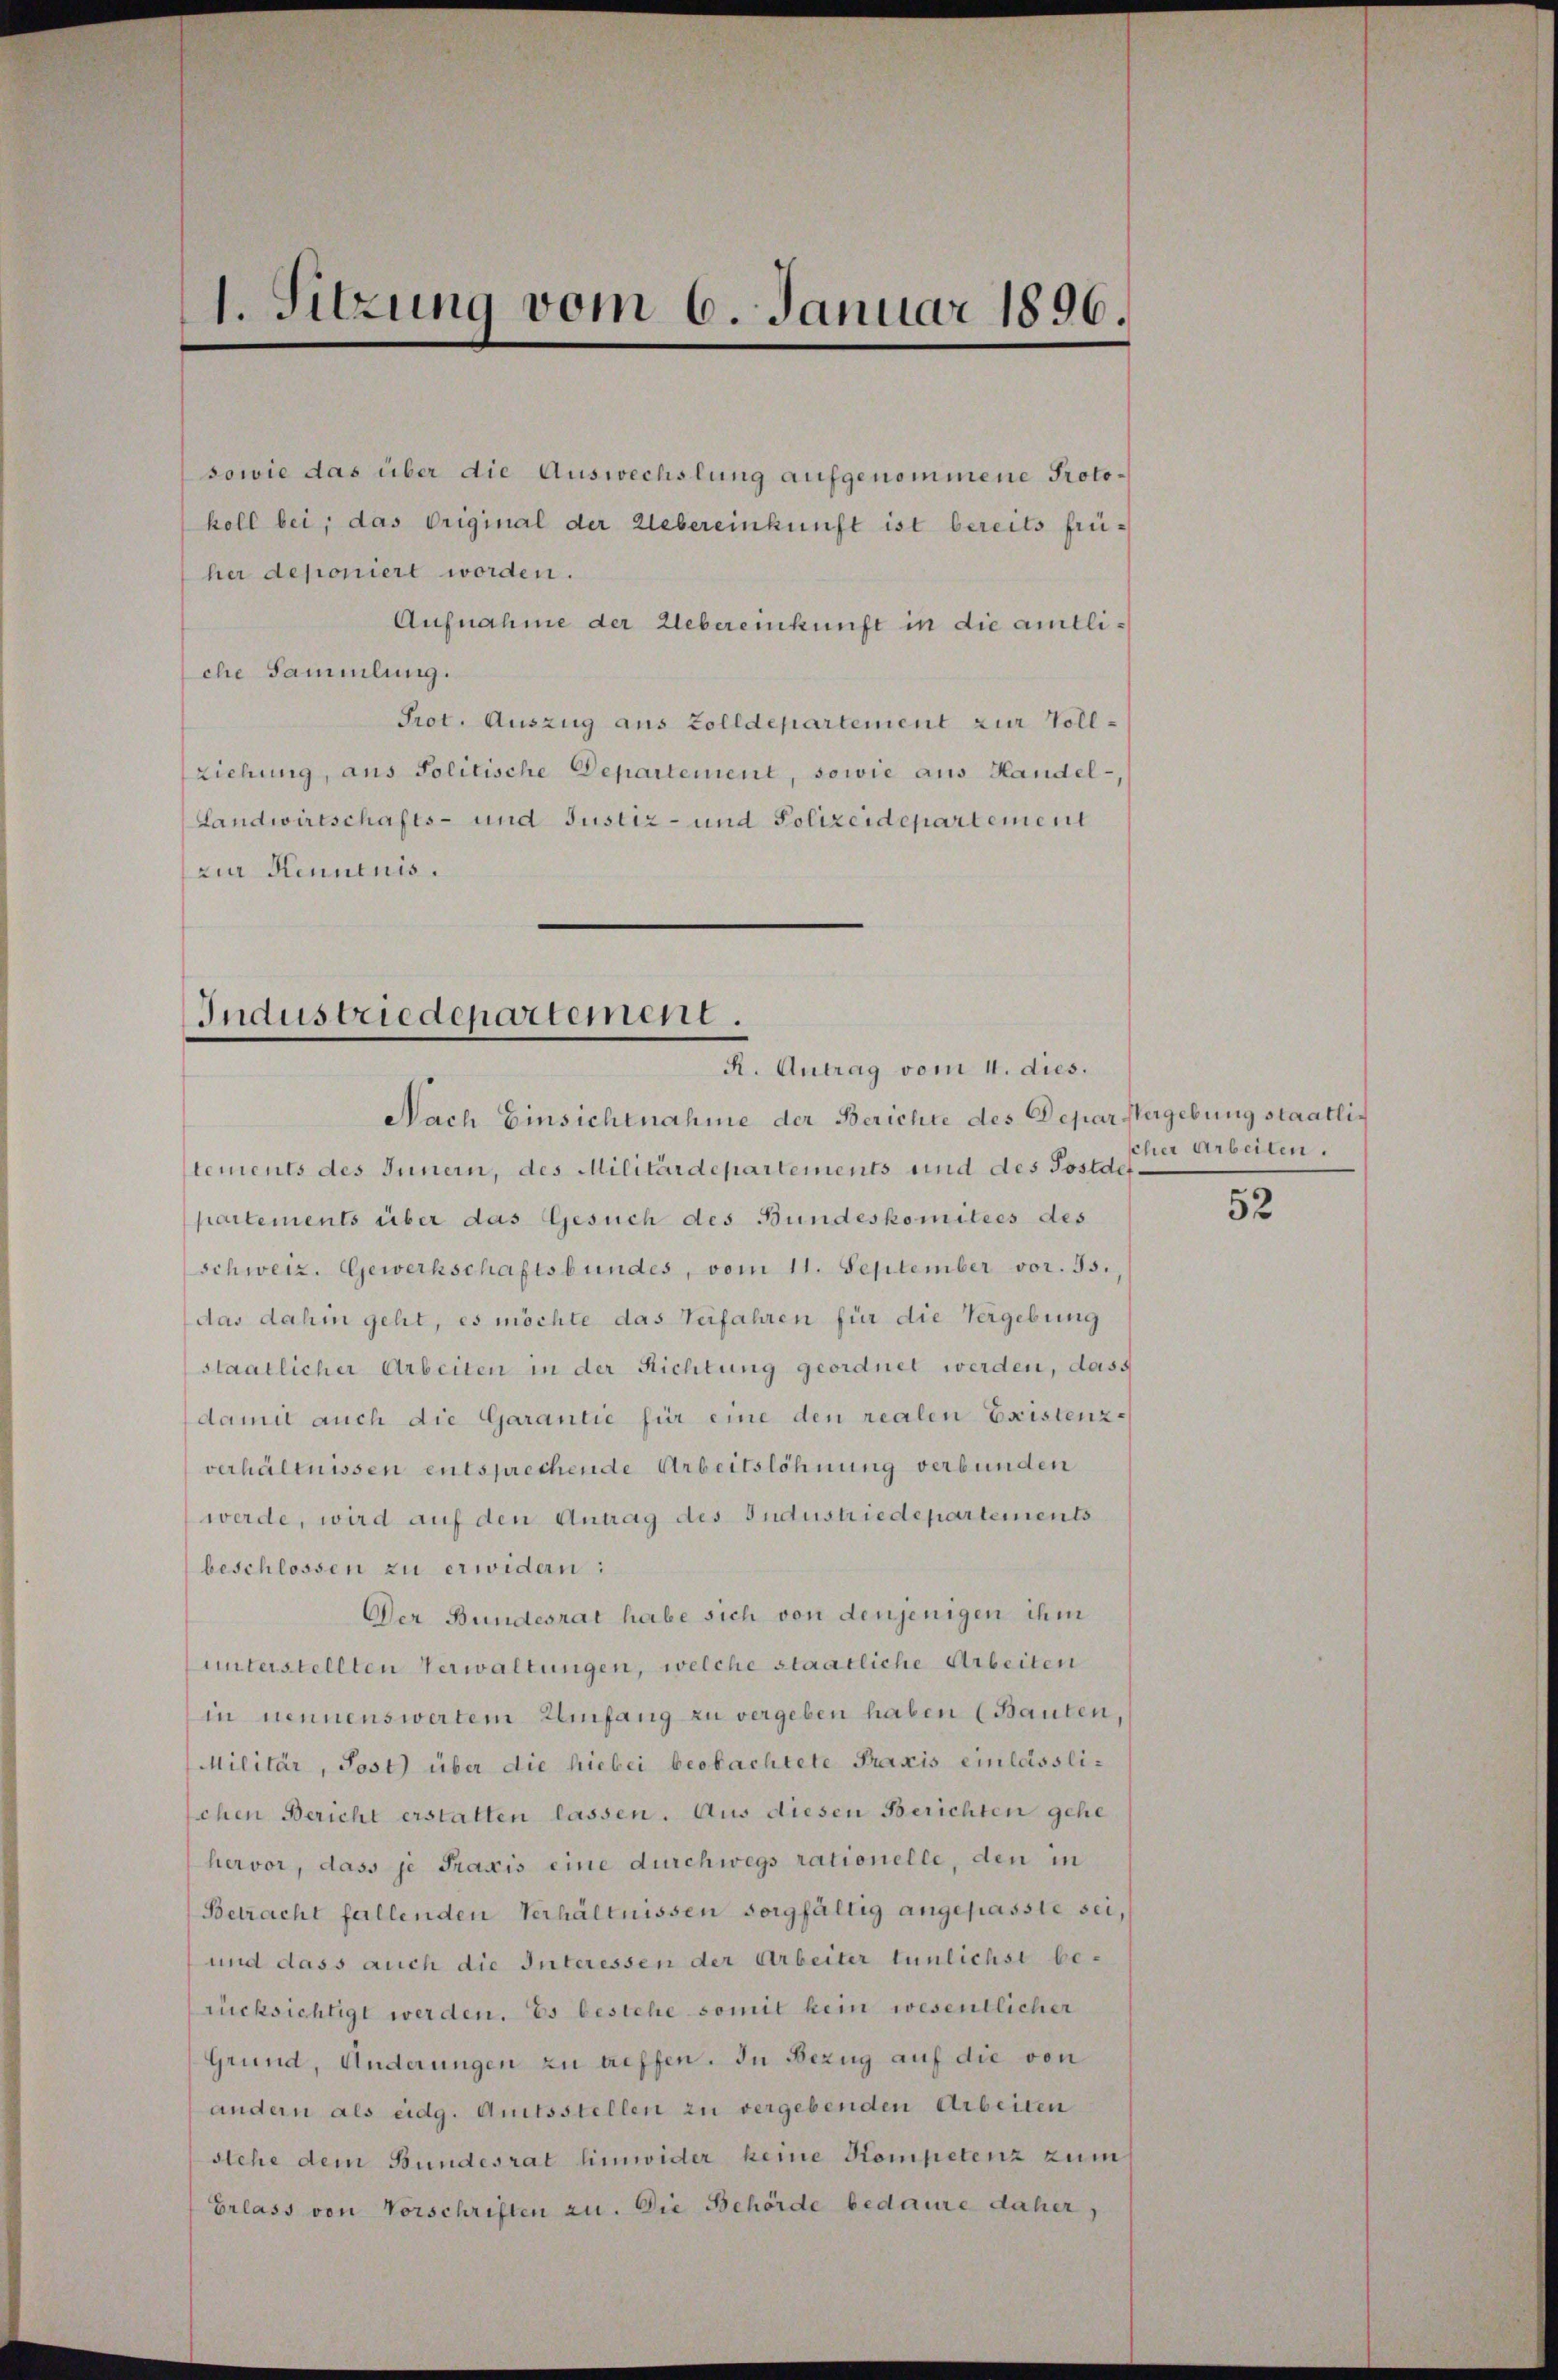
1. Sitzung vom 6. Januar 1896.

sowie das über die Auswechslung aufgenommene Protokoll bei; das Original der Uebereinkunft ist bereits früher deponiert worden.
Aufnahme der Uebereinkunft in die amtliche Sammlung.
Prot. Auszug aus Zolldepartement zur Vollziehung, aus Politische Departement, sowie aus Handel-
Landwirtschafts- und Justiz- und Polizeidepartement
zin Kenntnis.

Industriedepartement.
R. Antrag vom 4. dies.

Nach Einsichtnahme der Berichte des Depar Vergebung staatlich
lements des Innern, des Militärdepartements und des Postder
partements über das Gesuch des Bundeskomitees des
schweiz. Gewerkschaftsbundes, vom 11. September vor. 95.
das dahin geht, es möchte das Verfahren für die Vergebung
staatlicher Arbeiten in der Richtung geordnet werden, dass
damit auch die Garantie für eine den realen Existenz-
verhältnissen entsprechende Arbeitslöhnung verbunden
werde, wird auf den Antrag des Industriedepartements
beschlossen zu erwidern:
Der Bundesrat habe sich von denjenigen ihm
unterstellten Verwaltungen, welche staatliche Arbeiten
in nennenswertem Umfang zu vergeben haben (Bauten,
Militär, Post) über die hiebei beobachtete Praxis einlässlichen Bericht erstatten lassen. Aus diesen Berichten gehe
hervor, dass je Praxis eine durchwegs rationelle, den in
Betracht fallenden Verhältnissen sorgfältig angepasste sei,
und dass auch die Interessen der Arbeiter tunlichst be-
rücksichtigt werden. Es bestehe somit kein wesentlicher
Grund, Änderungen zu treffen. In Bezug auf die von
andern als eidg. Amtsstellen zu vergebenden Arbeiten
stehe dem Bundesrat hinwider keine Kompetenz zum
Erlass von Vorschriften zu. Die Behörde bedaure daher,

cher Arbeiten.

52